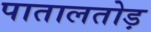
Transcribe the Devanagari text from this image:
पातालतोड़